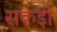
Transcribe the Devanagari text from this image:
सकड़ी